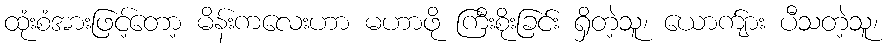
ထုံးစံအားဖြင့်တော့ မိန်းကလေးဟာ မဟာဖို ကြီးစိုးခြင်း ရှိတဲ့သူ၊ ယောက်ျား ပီသတဲ့သူ၊